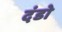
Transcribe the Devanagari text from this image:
दंडो